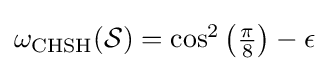
{\textstyle \omega _{\text{CHSH}}({\mathcal {S}})=\cos ^{2}\left({\frac {\pi }{8}}\right)-\epsilon }